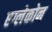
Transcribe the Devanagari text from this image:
एग्लेकोन